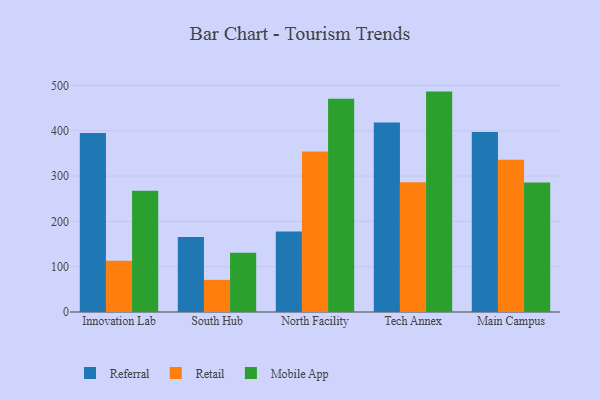
{"axis": {"x": "Campus", "y": "Net Income (USD K)"}, "legend": ["Mobile App", "Referral", "Retail"], "data": [{"x": "Innovation Lab", "y": 394.9, "type": "Referral"}, {"x": "Innovation Lab", "y": 113.3, "type": "Retail"}, {"x": "Innovation Lab", "y": 267.7, "type": "Mobile App"}, {"x": "South Hub", "y": 165.5, "type": "Referral"}, {"x": "South Hub", "y": 70.9, "type": "Retail"}, {"x": "South Hub", "y": 130.5, "type": "Mobile App"}, {"x": "North Facility", "y": 177.8, "type": "Referral"}, {"x": "North Facility", "y": 354.4, "type": "Retail"}, {"x": "North Facility", "y": 470.7, "type": "Mobile App"}, {"x": "Tech Annex", "y": 418.4, "type": "Referral"}, {"x": "Tech Annex", "y": 286.4, "type": "Retail"}, {"x": "Tech Annex", "y": 486.4, "type": "Mobile App"}, {"x": "Main Campus", "y": 397.3, "type": "Referral"}, {"x": "Main Campus", "y": 336.1, "type": "Retail"}, {"x": "Main Campus", "y": 285.9, "type": "Mobile App"}]}